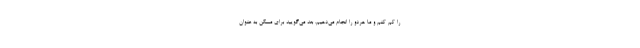
را کم کنم و ما هردو را انجام می‌دهیم. بعد می‌گویید برای مسکن به عنوان